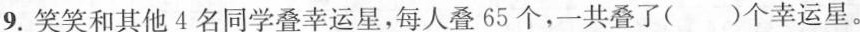
9.笑笑和其他4名同学叠幸运星，每人叠65个，一共叠了()个幸运星。